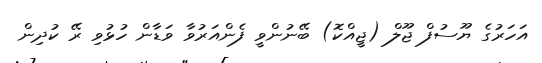
އަހަރުގެ ޔޫސުފް ޖޫލް (ޖީއްކޮ) ބޭނުންވީ ފެންއަރުވާ ވަޑާން ހުޅުވި ރޭ ކުދިން